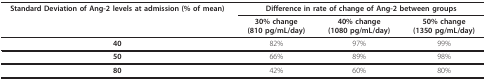
<table><thead><tr><td><b>Standard Deviation of Ang-2 levels at admission (% of mean)</b></td><td colspan="3"><b>Difference in rate of change of Ang-2 between groups</b></td></tr><tr><td></td><td><b>30% change (810 pg/mL/day)</b></td><td><b>40% change (1080 pg/mL/day)</b></td><td><b>50% change (1350 pg/mL/day)</b></td></tr></thead><tbody><tr><td><b>40</b></td><td>82%</td><td>97%</td><td>99%</td></tr><tr><td><b>50</b></td><td>66%</td><td>89%</td><td>98%</td></tr><tr><td><b>80</b></td><td>42%</td><td>60%</td><td>80%</td></tr></tbody></table>